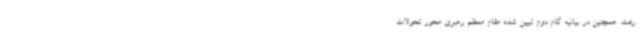
رفت. همچنین در بیانیه گام دوم تبیین شده مقام معظم رهبری محور تحولات